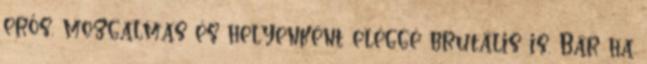
erős, mozgalmas és helyenként eléggé brutális is. Bár ha